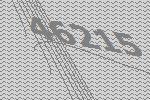
46215